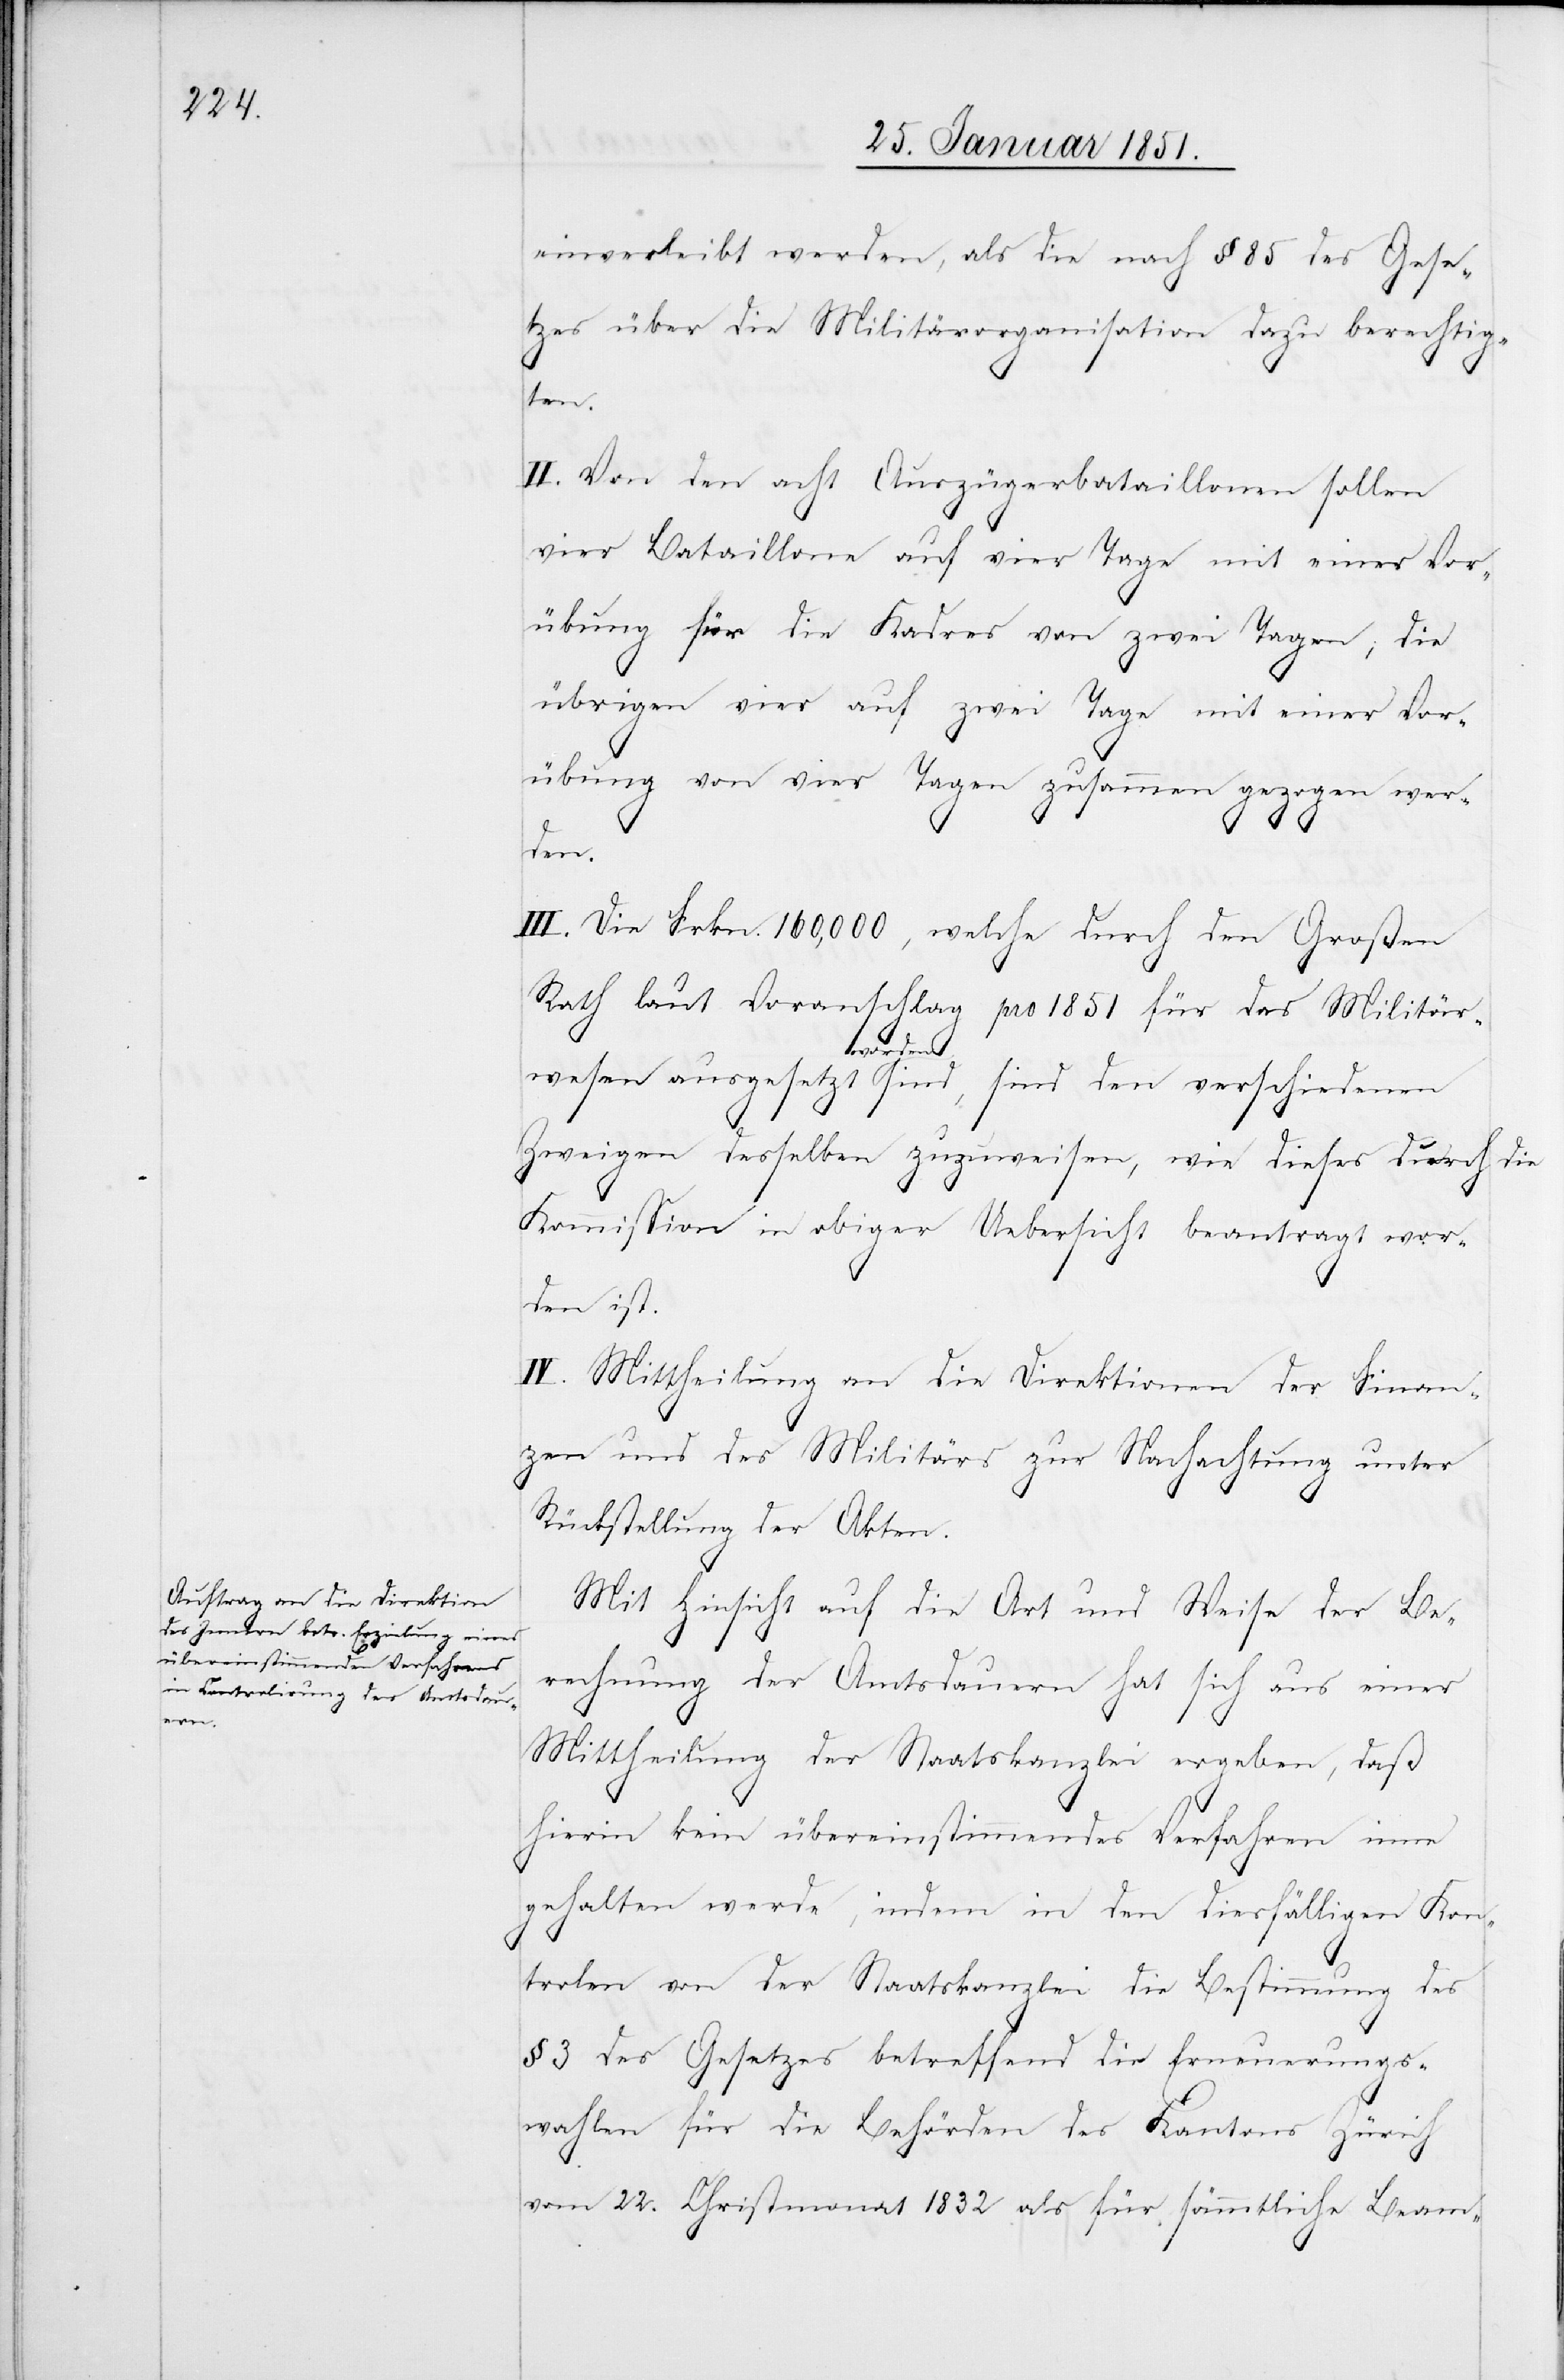
einverleibt werden, als die nach § 85 des Gese¬
tzes über die Militärorganisation dazu berechtig¬
ten.
II. Von den acht Auszügerbataillonen sollen
vier Bataillone auf vier Tage mit einer Vor¬
übung für die Kadres von zwei Tagen; die
übrigen vier auf zwei Tage mit einer Vor¬
übung von vier Tagen zusammen gezogen wer¬
den.
III. Die Frkn. 160,000, welche durch den Großen
Rath laut Voranschlag pro 1851 für das Militär¬
wesen ausgesetzt worden sind, sind den verschiedenen
Zweigen desselben zuzuweisen, wie dieses durch die
Kommission in obiger Uebersicht beantragt wor¬
den ist.
IV. Mittheilung an die Direktionen der Finan¬
zen und des Militärs zur Nachachtung unter
Rückstellung der Akten.
Mit Hinsicht auf die Art und Weise der Be¬
rechnung der Amtsdauern hat sich aus einer
Mittheilung der Staatskanzlei ergeben, daß
hierin kein übereinstimmendes Verfahren inne
gehalten werde, indem in den diesfälligen Kon¬
trolen von der Staatskanzlei die Bestimmung des
§ 3 des Gesetzes betreffend die Erneuerungs¬
wahlen für die Behörden des Kantons Zürich
vom 22. Christmonat 1832 als für sämmtliche Beam-